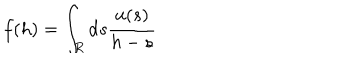
f ( h ) = \int _ { R } \mathrm { d } s \frac { u ( s ) } { h - s }